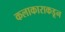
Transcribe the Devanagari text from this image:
कलाकाराकडून